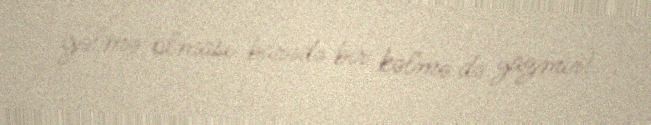
gəlmə olması barədə bir kəlmə də yazmır!.